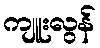
ကျူးလွန်